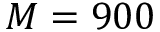
M = 9 0 0